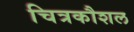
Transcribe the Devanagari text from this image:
चित्रकौशल